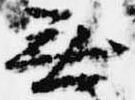
無